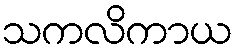
သကလိကာယ